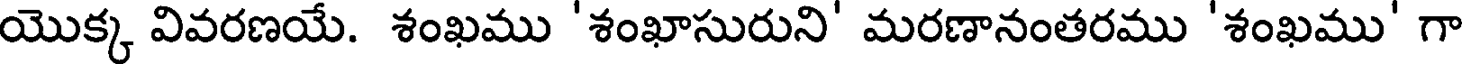
యొక్క వివరణయే. శంఖము 'శంఖాసురుని' మరణానంతరము 'శంఖము' గా